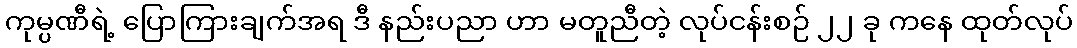
ကုမ္ပဏီရဲ့ ပြောကြားချက်အရ ဒီ နည်းပညာ ဟာ မတူညီတဲ့ လုပ်ငန်းစဉ် ၂၂ ခု ကနေ ထုတ်လုပ်